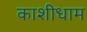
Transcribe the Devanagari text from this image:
काशीधाम